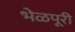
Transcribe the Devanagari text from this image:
भेळपूरी